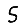
Digit: 5